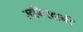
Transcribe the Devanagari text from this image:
रदगिरदानी